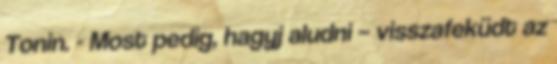
Tonin. - Most pedig, hagyj aludni – visszafeküdt az